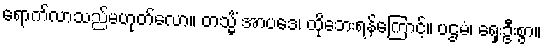
ရောက်လာသည်မဟုတ်လော။ တသ္မိံ အာပဒေ၊ ထိုဘေးရန်ကြောင့်။ ပဌမံ၊ ရှေးဦးစွာ။